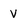
Character: V